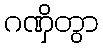
ဂဏှိတွာ